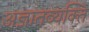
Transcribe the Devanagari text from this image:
अज्ञातव्यक्ति